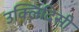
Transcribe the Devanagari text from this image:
उक्लिदिसी